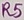
Text: R5